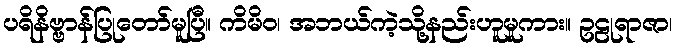
ပရိနိဗ္ဗာန်ပြုတော်မူပြီ။ ကိမိဝ၊ အဘယ်ကဲ့သို့နည်းဟူမူကား။ ဥဠုရာဇာ၊